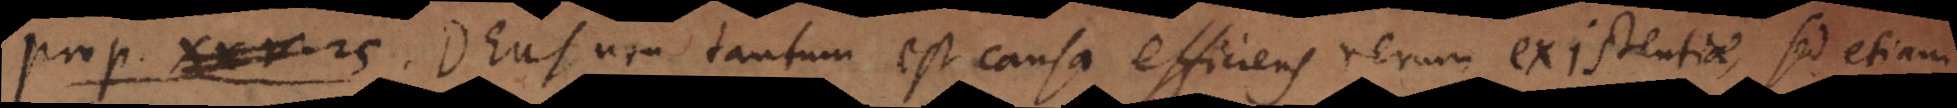
o 2 5. Deus non tantum est causa efficiens rerum existentiae, sed etiam